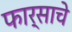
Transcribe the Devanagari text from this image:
फार्साचे